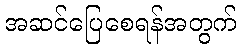
အဆင်ပြေစေရန်အတွက်